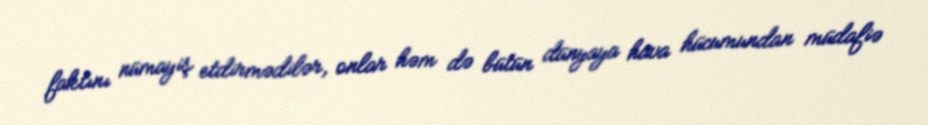
faktını nümayiş etdirmədilər, onlar həm də bütün dünyaya hava hücumundan müdafiə